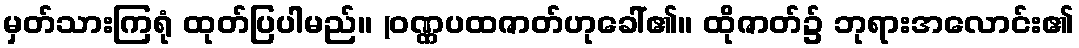
မှတ်သားကြရုံ ထုတ်ပြပါမည်။ (ဝဏ္ဏပထဇာတ်ဟုခေါ်၏။ ထိုဇာတ်၌ ဘုရားအလောင်း၏